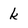
Character: k